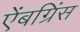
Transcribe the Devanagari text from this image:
ऐंबग्रिंस